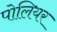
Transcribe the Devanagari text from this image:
पोलियर